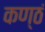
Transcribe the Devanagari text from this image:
कण्ठं